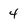
Character: 4